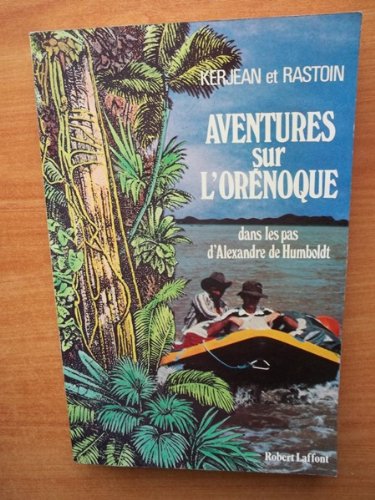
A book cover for Aventures sur l'Orenoque: Dans les pas d'Alexandre de Humboldt (French Edition); Alain Kerjean; Travel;